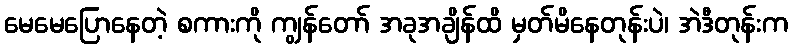
မေမေပြောနေတဲ့ စကားကို ကျွန်တော် အခုအချိန်ထိ မှတ်မိနေတုန်းပဲ၊ အဲဒီတုန်းက